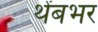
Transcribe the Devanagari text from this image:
थेंबभर